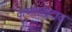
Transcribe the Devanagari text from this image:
कृष्णसंप्रदाय